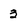
Character: 3